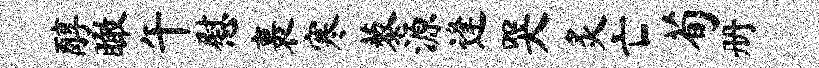
醇瞰午慰裹寒藜源逢哭炙亡荀册